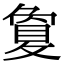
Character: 夐